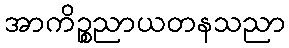
အာကိဉ္စညာယတနသညာ